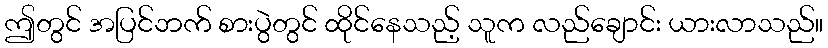
ဤတွင် အပြင်ဘက် စားပွဲတွင် ထိုင်နေသည့် သူက လည်ချောင်း ယားလာသည်။